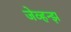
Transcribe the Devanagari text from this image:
जेव्हन्झ